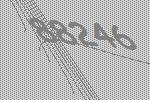
88246